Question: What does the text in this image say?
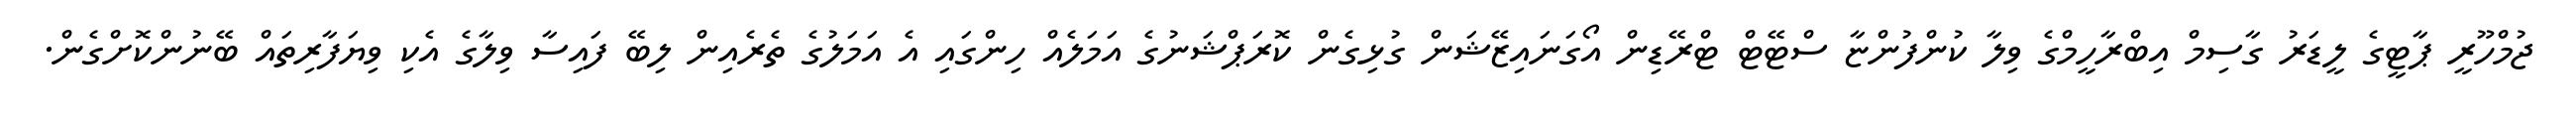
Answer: ޖުމްހޫރީ ޕާޓީގެ ލީޑަރު ގާސިމް އިބްރާހީމްގެ ވިލާ ކުންފުންޏާ ސްޓޭޓް ޓްރޭޑިން އޯގަނައިޒޭޝަން ގުޅިގެން ކޮރަޕްޝަނުގެ އަމަލެއް ހިންގައި އެ އަމަލުގެ ތެރެއިން ލިބޭ ފައިސާ ވިލާގެ އެކި ވިޔަފާރިތައް ބޭނުންކޮށްގެން.